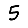
Digit: 5